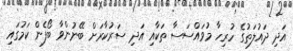
އަދި ދައުލަތުގެ ހުރިހާ މުވައްސަސާ ތަކާއި އަދި ސަރުކާރަށް ބޭނުންވާ ބޯފެން ކަމުގައި